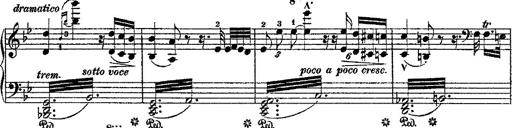
Title: Fantaisie romantique sur deux mÃ©lodies suisses
Composer: Franz Liszt